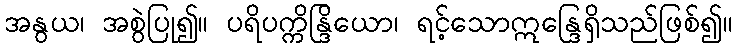
အနွယ၊ အစွဲပြု၍။ ပရိပက္ကိန္ဒြိယော၊ ရင့်သောဣန္ဒြေရှိသည်ဖြစ်၍။